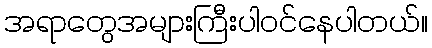
အရာတွေအများကြီးပါဝင်နေပါတယ်။